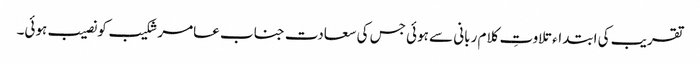
تقریب کی ابتداء تلاوتِ کلام ربانی سے ہوئی جس کی سعادت جناب عامر شکیب کو نصیب ہوئی۔